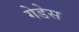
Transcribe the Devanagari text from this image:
गेडेस